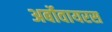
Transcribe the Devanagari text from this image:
अर्बोवायरस